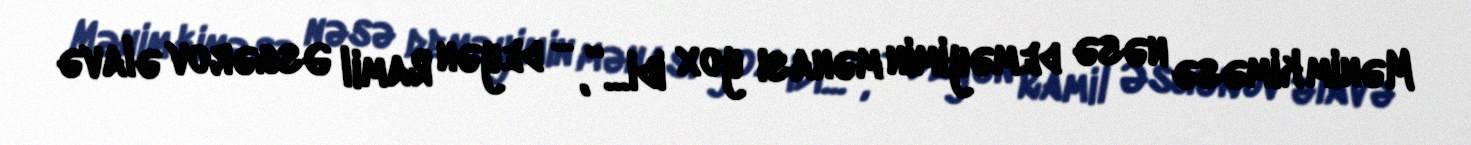
Mənim kiməsə nəsə deməyimin mənası yox idi...”, - deyən Ramil Əsgərov əlavə